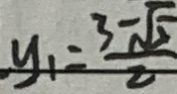
y _ { 1 } = \frac { 3 - \sqrt { 5 } } { 2 }